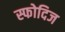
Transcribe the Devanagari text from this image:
स्फोदिज